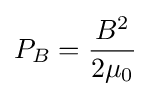
P_{B}={\frac {B^{2}}{2\mu _{0}}}